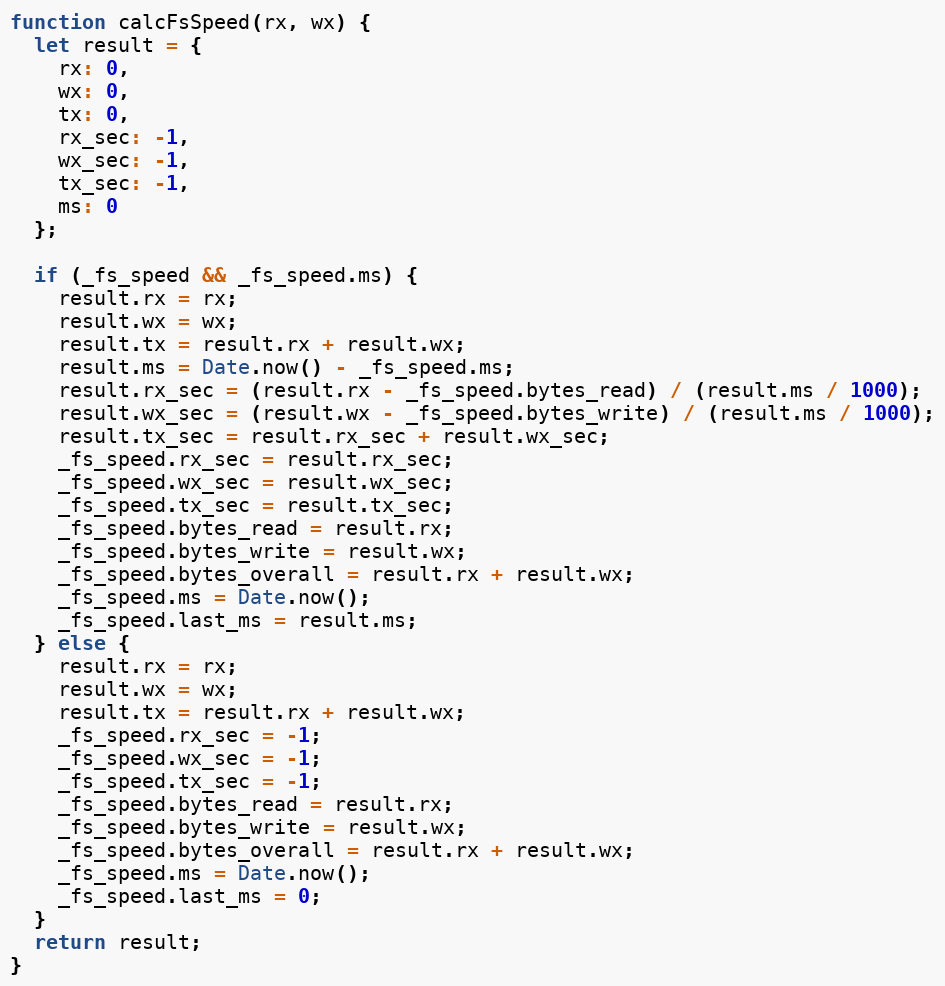
Language: JavaScript
function calcFsSpeed(rx, wx) {
  let result = {
    rx: 0,
    wx: 0,
    tx: 0,
    rx_sec: -1,
    wx_sec: -1,
    tx_sec: -1,
    ms: 0
  };

  if (_fs_speed && _fs_speed.ms) {
    result.rx = rx;
    result.wx = wx;
    result.tx = result.rx + result.wx;
    result.ms = Date.now() - _fs_speed.ms;
    result.rx_sec = (result.rx - _fs_speed.bytes_read) / (result.ms / 1000);
    result.wx_sec = (result.wx - _fs_speed.bytes_write) / (result.ms / 1000);
    result.tx_sec = result.rx_sec + result.wx_sec;
    _fs_speed.rx_sec = result.rx_sec;
    _fs_speed.wx_sec = result.wx_sec;
    _fs_speed.tx_sec = result.tx_sec;
    _fs_speed.bytes_read = result.rx;
    _fs_speed.bytes_write = result.wx;
    _fs_speed.bytes_overall = result.rx + result.wx;
    _fs_speed.ms = Date.now();
    _fs_speed.last_ms = result.ms;
  } else {
    result.rx = rx;
    result.wx = wx;
    result.tx = result.rx + result.wx;
    _fs_speed.rx_sec = -1;
    _fs_speed.wx_sec = -1;
    _fs_speed.tx_sec = -1;
    _fs_speed.bytes_read = result.rx;
    _fs_speed.bytes_write = result.wx;
    _fs_speed.bytes_overall = result.rx + result.wx;
    _fs_speed.ms = Date.now();
    _fs_speed.last_ms = 0;
  }
  return result;
}